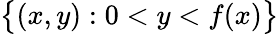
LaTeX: \big\{ (x,y):0<y<f(x)\big\}